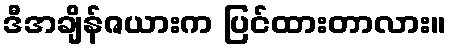
ဒီအချိန်ဇယားက ပြင်ထားတာလား။